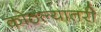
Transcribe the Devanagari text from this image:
कोठल्यातरी